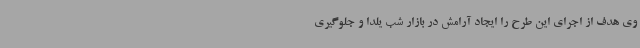
وی هدف از اجرای این طرح را ایجاد آرامش در بازار شب یلدا و جلوگیری